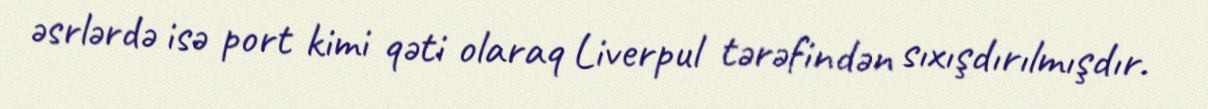
əsrlərdə isə port kimi qəti olaraq Liverpul tərəfindən sıxışdırılmışdır.